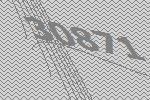
30871